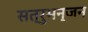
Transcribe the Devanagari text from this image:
सत्रुभन्जन